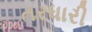
તરધારી